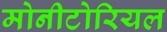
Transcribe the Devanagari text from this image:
मोनीटोरियल